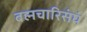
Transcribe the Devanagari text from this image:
बह्मचारिसंघं